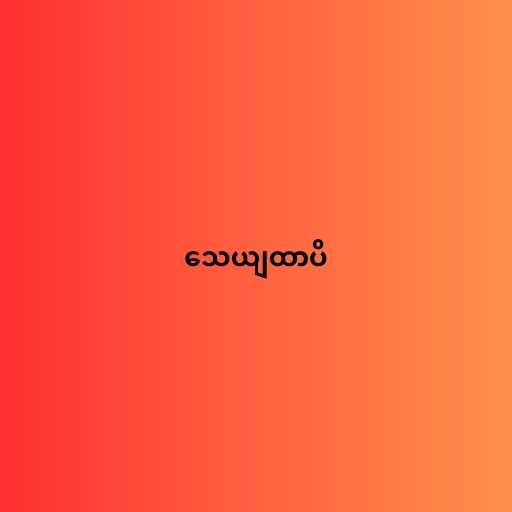
သေယျထာပိ